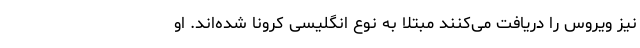
نیز ویروس را دریافت می‌کنند مبتلا به نوع انگلیسی کرونا شده‌اند. او